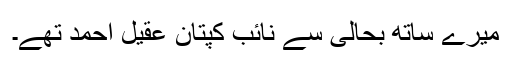
میرے ساتھ بحالی سے نائب کپتان عقیل احمد تھے۔